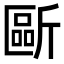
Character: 𣂻